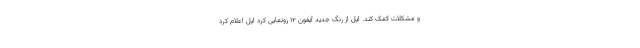
و مشکلات کمک کند. اپل از رنگ جدید آیفون 12 رونمایی کرد اپل اعلام کرد